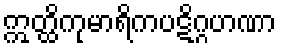
ဣတ္ထိကုမာရိကပဋိဂ္ဂဟဏာ